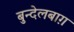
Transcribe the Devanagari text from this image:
बुन्देलबाग़